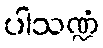
ပါသဏ္ဍံ